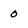
Character: 0